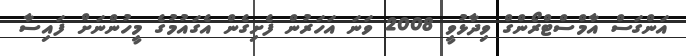
އަންގަސް އާމްސްޓްރޯންގް ވިދާޅުވީ 2008 ވަނަ އަހަރުން ފެށިގެން އެގައުމުގެ މީހުންނަށް ފައިސާ